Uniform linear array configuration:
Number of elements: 16
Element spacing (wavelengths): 0.5
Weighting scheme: uniform
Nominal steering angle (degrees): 60
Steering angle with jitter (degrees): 59.054
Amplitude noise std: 0.05
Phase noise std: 0.05

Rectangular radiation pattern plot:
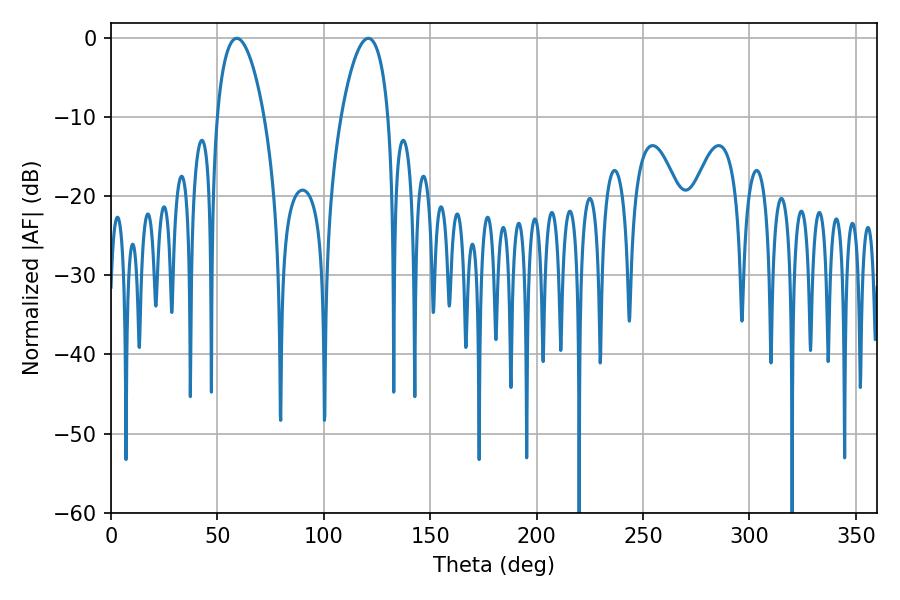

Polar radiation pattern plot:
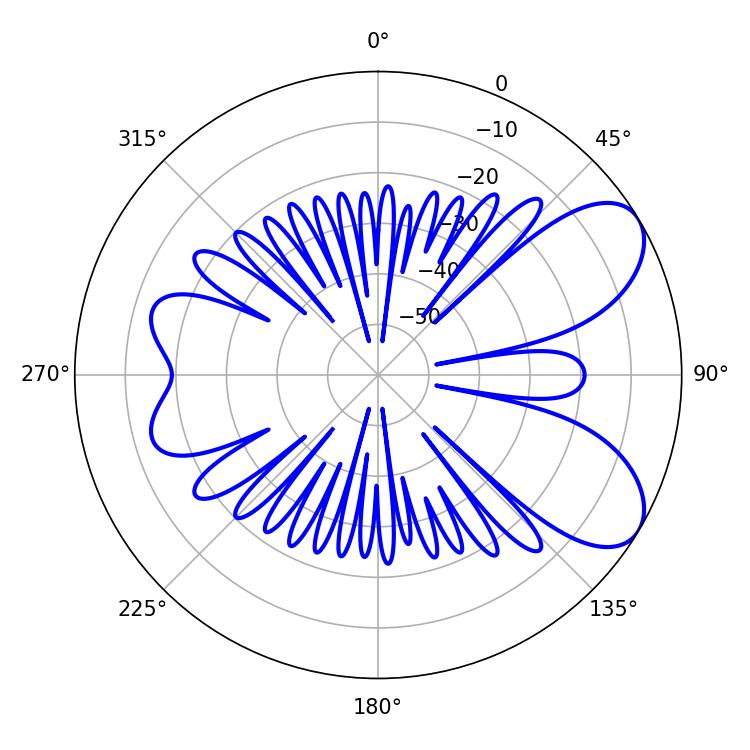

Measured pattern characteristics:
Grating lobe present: FALSE
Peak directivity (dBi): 7.238
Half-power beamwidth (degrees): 12.42
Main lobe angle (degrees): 59.04